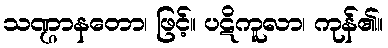
သဏ္ဌာနတော၊ ဖြင့်။ ပဋိကူလာ၊ ကုန်၏။